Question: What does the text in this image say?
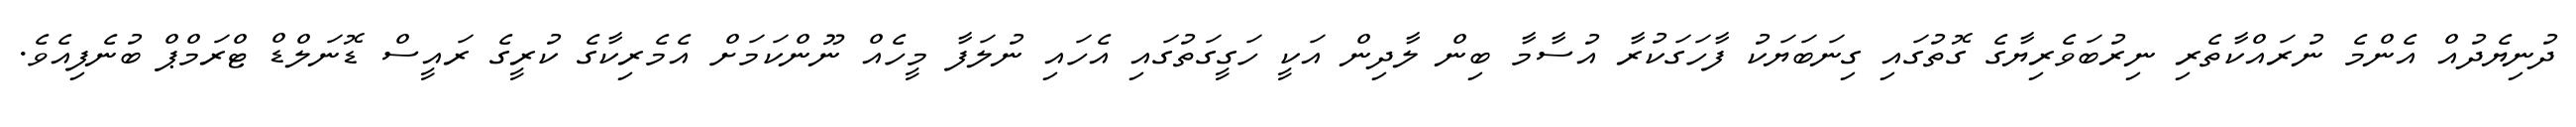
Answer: ދުނިޔެދުއް އެންމެ ނުރައްކާތެރި ނިރުބަވެރިޔާގެ ގޮތުގައި ގިނަބަޔަކު ފާހަގަކުރާ އުސާމާ ބިން ލާދިން އަކީ ހަގީގަތުގައި އެހައި ނުލަފާ މީހެއް ނޫންކަމަށް އެމެރިކާގެ ކުރީގެ ރައީސް ޑޮނަލްޑް ޓްރަމްޕް ބުނެފިއެވެ.